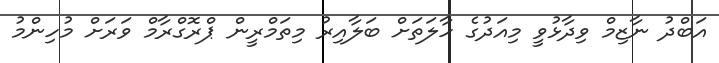
އަބްދު ނާޒިމް ވިދާޅުވީ މިއަދުގެ ހާލަތަށް ބަލާއިރު މިތަމްރީން ޕްރޮގްރާމް ވަރަށް މުހިންމު